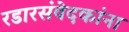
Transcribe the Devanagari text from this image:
रडारसंवेदकांना